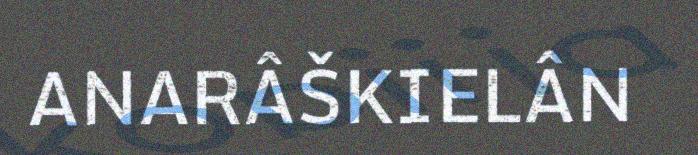
ANARÂŠKIELÂN